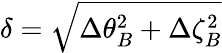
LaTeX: \delta=\sqrt{\Delta\theta_{B}^{2}+\Delta\zeta_{B}^{2}}